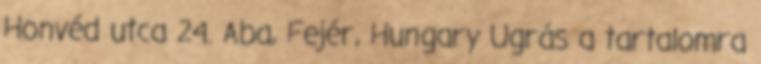
Honvéd utca 24. Aba, Fejér, Hungary Ugrás a tartalomra